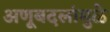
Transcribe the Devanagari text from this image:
अणूबदलांमुळे